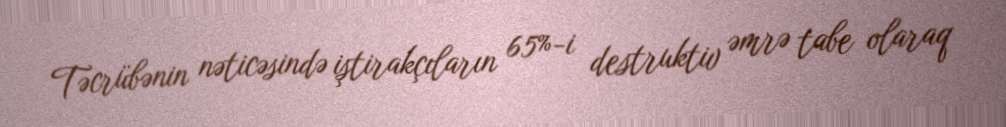
Təcrübənin nəticəsində iştirakçıların 65%-i destruktiv əmrə tabe olaraq